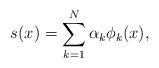
LaTeX: \begin{align*} s(x) = \sum_{k = 1}^N \alpha_k \phi_k(x), \end{align*}